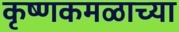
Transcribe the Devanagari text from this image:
कृष्णकमळाच्या